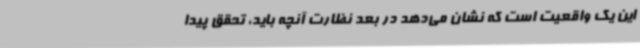
این یک واقعیت است که نشان می‌دهد در بعد نظارت آنچه باید، تحقق پیدا